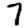
Digit: 7